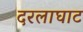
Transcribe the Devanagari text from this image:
दरलाघाट